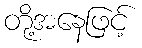
တို့အနေဖြင့်